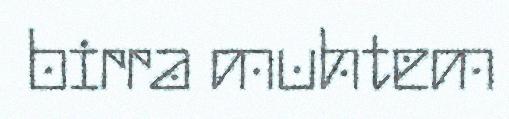
birra muhtem